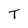
Character: T